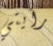
رأيتي